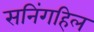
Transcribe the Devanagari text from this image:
सनिंगहिल